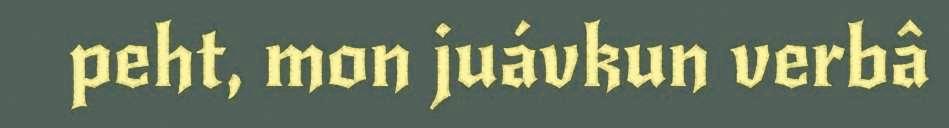
peht, mon juávkun verbâ